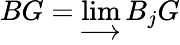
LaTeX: BG=\varinjlim B_{j}G